Vaccination in Burma 1920-1933 - 1920-1933
Year: 1920
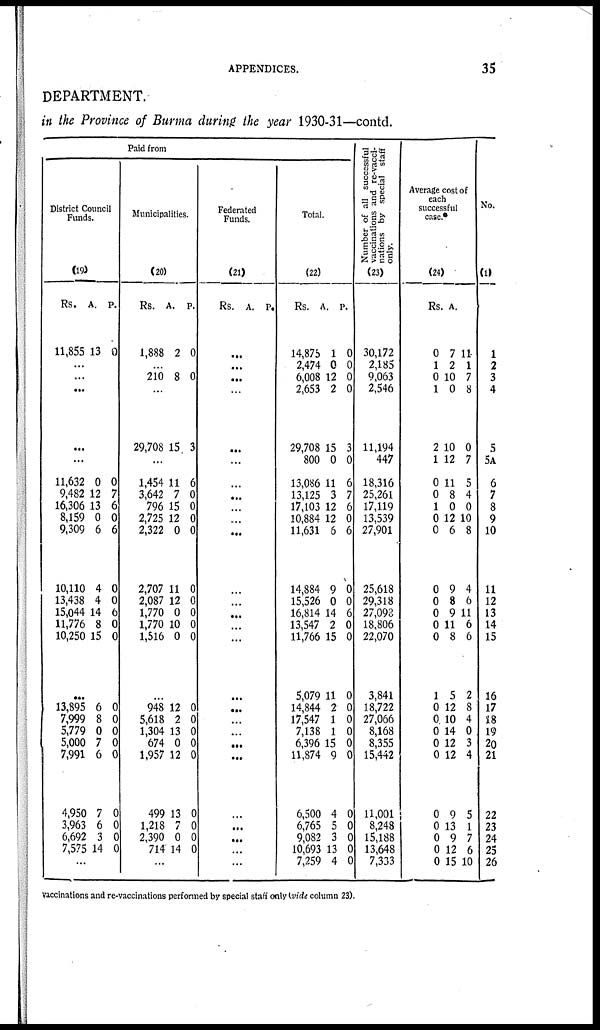
APPENDICES.
35
DEPARTMENT.
in the Province of Burma during the year 1930-31—contd.
Paid from
District Council
Funds.
(19)
Rs.
11,855
A.
13
P.
0
...
...
...
...
...
11,632
9,482
16,306
8,159
9,309
10,110
13,438
15,044
11,776
10,250
0
12
13
0
6
4
4
14
8
15
0
7
6
0
6
0
0
6
0
0
...
13,895
7,999
5,779
5,000
7,991
4,950
3,963
6,692
7,575
6
8
0
7
6
7
6
3
14
0
0
0
0
0
0
0
0
0
...
Municipalities.
(20)
Rs.
1,888
A.
2
P.
0
...
210 8 0
...
29,708 15 3
...
1,454
3,642
796
2,725
2,322
2,707
2,087
1,770
1,770
1,516
11
7
15
12
0
11
12
0
10
0
6
0
0
0
0
0
0
0
0
0
...
948
5,618
1,304
674
1,957
499
1,218
2,390
714
12
2
13
0
12
13
7
0
14
0
0
0
0
0
0
0
0
0
...
Federated
Funds.
(21)
Rs. A. P.
...
...
...
...
...
...
...
...
...
...
...
...
...
...
...
...
...
...
...
...
...
...
...
...
...
...
...
Total.
(22)
Rs.
14,875
2,474
6,008
2,653
29,708
800
13,086
13,125
17,103
10,884
11,631
14,884
15,526
16,814
13,547
11,766
5,079
14,844
17,547
7,138
6,396
11,874
6,500
6,765
9,082
10,693
7,259
A.
1
0
12
2
15
0
11
3
12
12
6
9
0
14
2
15
11
2
1
1
15
9
4
5
3
13
4
P.
0
0
0
0
3
0
6
7
6
0
6
0
0
6
0
0
0
0
0
0
0
0
0
0
0
0
0
Number of all successful
vaccinations and re-vacci-
nations by special staff
only.
(23)
30,172
2,185
9,063
2,546
11,194
447
18,316
25,261
17,119
13,539
27,901
25,618
29,318
27,093
18,806
22,070
3,841
18,722
27,066
8,168
8,355
15,442
11,001
8,248
15,188
13,648
7,333
Average cost of
each
successful
case.*
(24)
Rs.
0
1
0
1
2
1
0
0
1
0
0
0
0
0
0
0
1
0
0
0
0
0
0
0
0
0
0
A.
7
2
10
0
10
12
11
8
0
12
6
9
8
9
11
8
5
12
10
14
12
12
9
13
9
12
15
P.
11
1
7
8
0
7
5
4
0
10
8
4
6
11
6
6
2
8
4
0
3
4
5
1
7
6
10
No.
(1)
1
2
3
4
5
5A
6
7
8
9
10
11
12
13
14
15
16
17
18
19
20
21
22
23
24
25
26
vaccinations and re-vaccinations performed by special staff only (vide column 23).